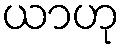
ယာဟု